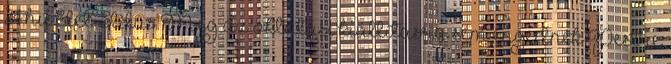
24.hu Élet-Stílus Még az oktatási kiállításra sem engednék Pestre